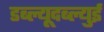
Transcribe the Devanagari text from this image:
डब्ल्यूदब्ल्युई